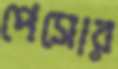
পেসোর